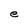
Character: e